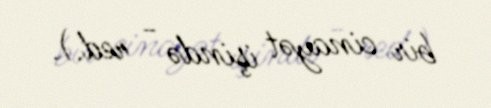
bir cinayət işində - red.).